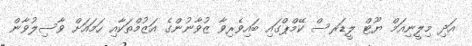
އަދި މިލީނިއަމް ޔޫޓް ލީޑަރސް ކޭމްޕްގައި ބައިވެރިވާ ޒުވާނުންގެ އަޒުމްތަކާއި ހަމައަށް ވާސިލުވާން